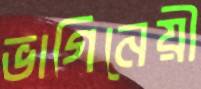
ভাগিনেয়ী